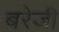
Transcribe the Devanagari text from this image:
बरेजी